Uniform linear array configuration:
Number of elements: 12
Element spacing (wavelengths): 0.25
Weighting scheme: uniform
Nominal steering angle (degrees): -30
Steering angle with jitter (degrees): -31.492
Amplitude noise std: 0.05
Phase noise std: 0.05

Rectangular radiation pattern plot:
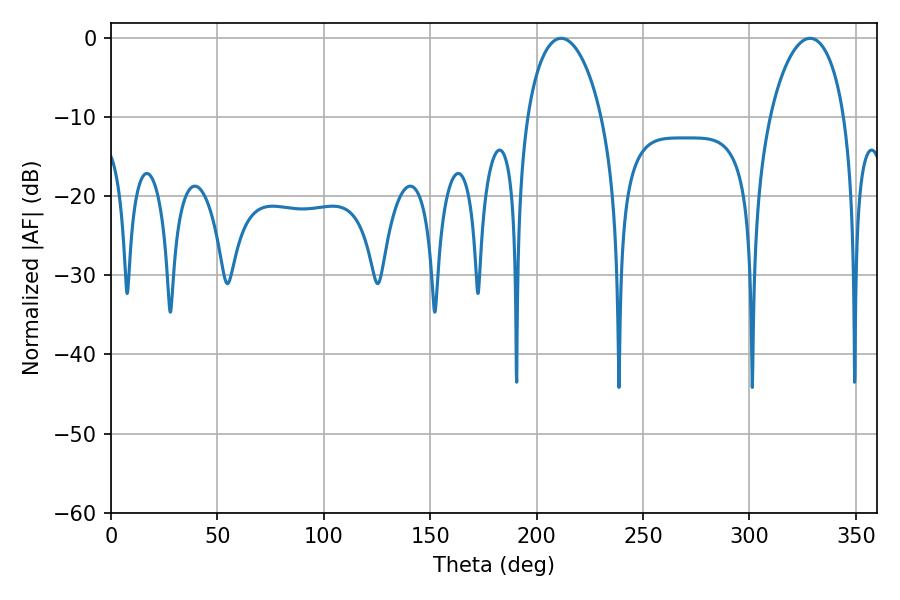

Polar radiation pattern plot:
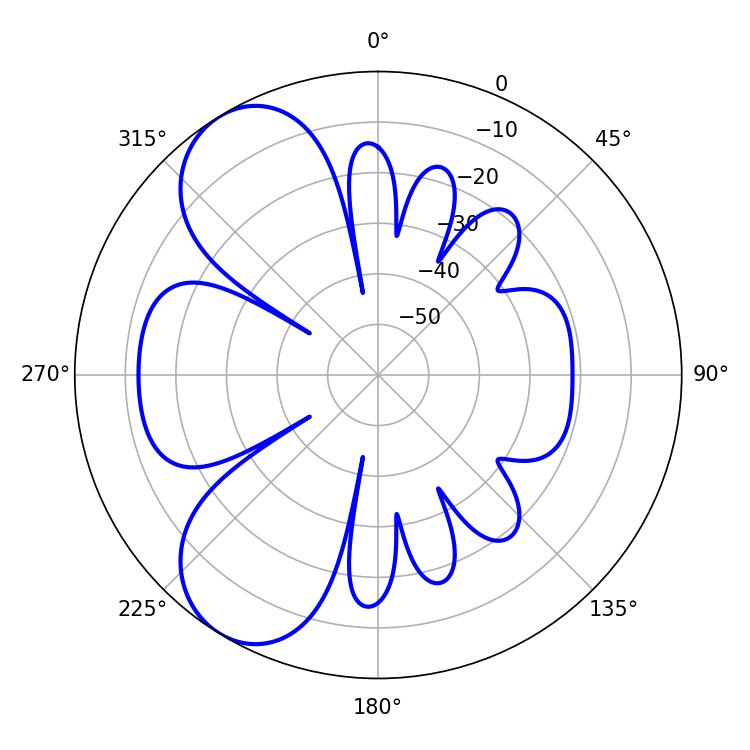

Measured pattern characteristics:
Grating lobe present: FALSE
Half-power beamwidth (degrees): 20.16
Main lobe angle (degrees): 211.5